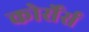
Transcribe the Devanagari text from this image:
कोर्सेर्स